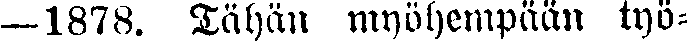
— 1878. Tähän myöhempään työ-